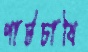
পাটচাষি